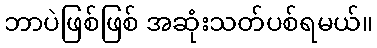
ဘာပဲဖြစ်ဖြစ် အဆုံးသတ်ပစ်ရမယ်။